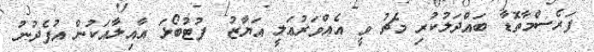
ފަރެސްމާތޮޑާ ބައްދަލުކުރި މެޗު ވީ އެއްވަރުޢަލީ އަޔާޒު  ފުޓުބޯޅަ އާއިލާއަކުން އުފެދުނު